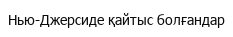
Нью-Джерсиде қайтыс болғандар